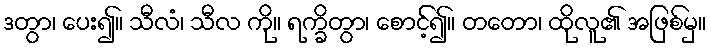
ဒတွာ၊ ပေး၍။ သီလံ၊ သီလ ကို။ ရက္ခိတွာ၊ စောင့်၍။ တတော၊ ထိုလူ၏ အဖြစ်မှ။